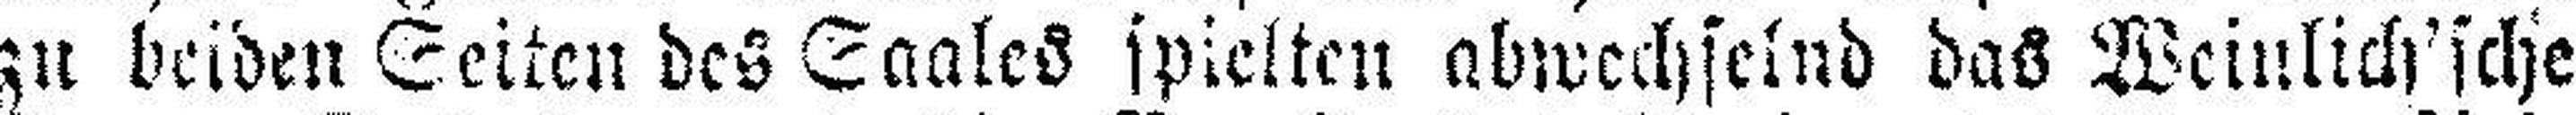
zu beiden Seiten des Saales spielten abwechselnd das Weinlich'sche